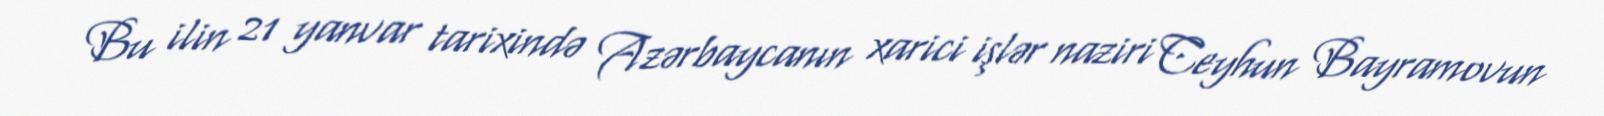
Bu ilin 21 yanvar tarixində Azərbaycanın xarici işlər naziri Ceyhun Bayramovun